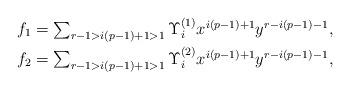
LaTeX: \begin{align*}f_1 & \textstyle = \sum_{r - 1 > i(p-1) + 1 > 1} \Upsilon_i^{(1)} x^{i(p-1)+1}y^{r-i(p-1)-1},\\f_2 & \textstyle = \sum_{r - 1 > i(p-1) + 1 > 1} \Upsilon_i^{(2)} x^{i(p-1)+1}y^{r-i(p-1)-1},\end{align*}